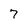
Character: 7